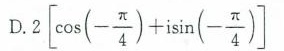
D. 2 \left[ \ cos(- \frac{\pi}{4})+i \sin( - \frac{\pi}{4}) \right ]